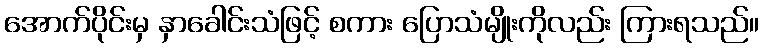
အောက်ပိုင်းမှ နှာခေါင်းသံဖြင့် စကား ပြောသံမျိုးကိုလည်း ကြားရသည်။